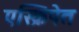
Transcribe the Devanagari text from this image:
एस्क्रिपेत